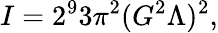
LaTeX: I=2^{9}3\pi^{2}(G^{2}\Lambda)^{2},